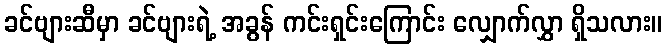
ခင်ဗျားဆီမှာ ခင်ဗျားရဲ့ အခွန် ကင်းရှင်းကြောင်း လျှောက်လွှာ ရှိသလား။